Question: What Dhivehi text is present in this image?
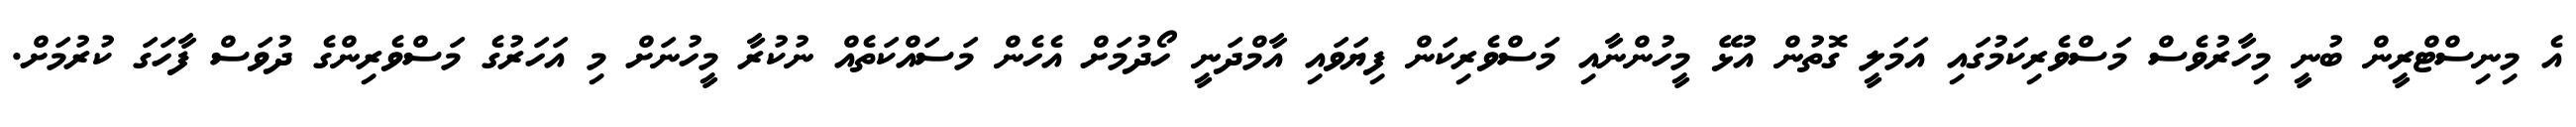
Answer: އެ މިނިސްޓްރީން ބުނީ މިހާރުވެސް މަސްވެރިކަމުގައި އަމަލީ ގޮތުން އުޅޭ މީހުންނާއި މަސްވެރިކަން ފިޔަވައި އާމްދަނީ ހޯދުމަށް އެހެން މަސައްކަތެއް ނުކުރާ މީހުނަށް މި އަހަރުގެ މަސްވެރިންގެ ދުވަސް ފާހަގަ ކުރުމަށް.